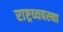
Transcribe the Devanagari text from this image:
राष्ट्रव्यवस्था